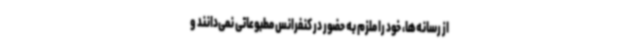
از رسانه‌ها، خود را ملزم به حضور در کنفرانس مطبوعاتی نمی‌دانند و